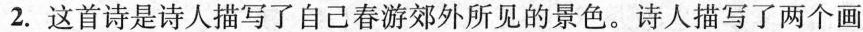
2.这首诗是诗人描写了自己春游郊外所见的景色。诗人描写了两个画